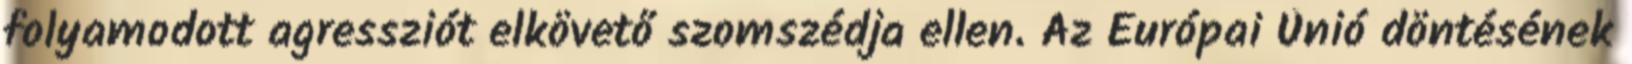
folyamodott agressziót elkövető szomszédja ellen. Az Európai Únió döntésének